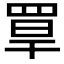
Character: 𦋁